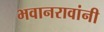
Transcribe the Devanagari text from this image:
भवानरावांनी